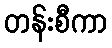
တန်းစီကာ